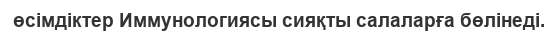
өсімдіктер Иммунологиясы сияқты салаларға бөлінеді.